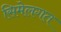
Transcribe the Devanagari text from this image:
सिमेलगत